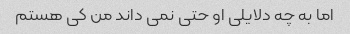
اما به چه دلایلی او حتی نمی داند من کی هستم